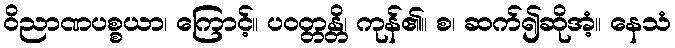
ဝိညာဏပစ္စယာ၊ ကြောင့်။ ပဝတ္တန္တိ၊ ကုန်၏။ စ၊ ဆက်၍ဆိုအံ့။ နေသံ